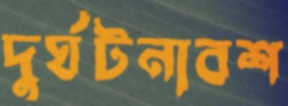
দুর্ঘটনাবশ